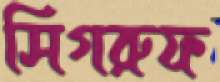
সিগরুফ